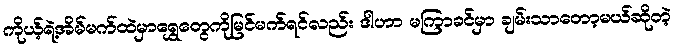
ကိုယ့်ရဲ့အိမ်မက်ထဲမှာရွှေတွေကိုမြင်မက်ရင်လည်း ဒါဟာ မကြာခင်မှာ ချမ်းသာတော့မယ်ဆိုတဲ့